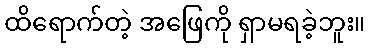
ထိရောက်တဲ့ အဖြေကို ရှာမရခဲ့ဘူး။